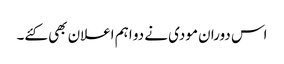
اس دوران مودی نے دو اہم اعلان بھی کئے۔